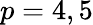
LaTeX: p=4,5